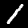
Label: 1